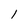
Character: l